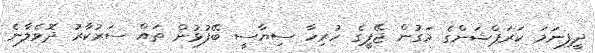
ދީފިނަމަ ކަރަޕްޝަންގެ މަގުން ޖޭޕީގެ ހުރިހާ ސިޔާސީ ބޭފުޅުން ތައް ސަރުކާރު ދޮވެލާނެ